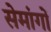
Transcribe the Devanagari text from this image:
सेमांगों